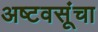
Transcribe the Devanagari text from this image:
अष्टवसूंचा